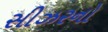
સીઝરનો